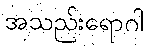
အသည်းရောဂါ